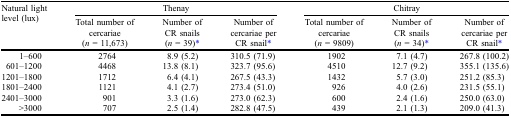
<table><thead><tr><td rowspan="2"><b>Natural light level (lux)</b></td><td colspan="3"><b>Thenay</b></td><td colspan="3"><b>Chitray</b></td></tr><tr><td><b>Total number of cercariae (<i>n</i> = 11,673)</b></td><td><b>Number of CR snails (<i>n</i> = 39)*</b></td><td><b>Number of cercariae per CR snail*</b></td><td><b>Total number of cercariae (<i>n</i> = 9809)</b></td><td><b>Number of CR snails (<i>n</i> = 34)*</b></td><td><b>Number of cercariae per CR snail*</b></td></tr></thead><tbody><tr><td>1–600</td><td>2764</td><td>8.9 (5.2)</td><td>310.5 (71.9)</td><td>1902</td><td>7.1 (4.7)</td><td>267.8 (100.2)</td></tr><tr><td>601–1200</td><td>4468</td><td>13.8 (8.1)</td><td>323.7 (95.6)</td><td>4510</td><td>12.7 (9.2)</td><td>355.1 (135.6)</td></tr><tr><td>1201–1800</td><td>1712</td><td>6.4 (4.1)</td><td>267.5 (43.3)</td><td>1432</td><td>5.7 (3.0)</td><td>251.2 (85.3)</td></tr><tr><td>1801–2400</td><td>1121</td><td>4.1 (2.7)</td><td>273.4 (51.0)</td><td>926</td><td>4.0 (2.6)</td><td>231.5 (55.1)</td></tr><tr><td>2401–3000</td><td>901</td><td>3.3 (1.6)</td><td>273.0 (62.3)</td><td>600</td><td>2.4 (1.6)</td><td>250.0 (63.0)</td></tr><tr><td>&gt;3000</td><td>707</td><td>2.5 (1.4)</td><td>282.8 (47.5)</td><td>439</td><td>2.1 (1.3)</td><td>209.0 (41.3)</td></tr></tbody></table>